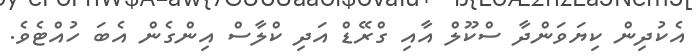
އެކުދިން ކިޔަވަންދާ ސްކޫލް އާއި ގްރޭޑް އަދި ކްލާސް އިންގެން އެބަ ހުއްޓެވެ.